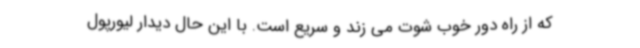
که از راه دور خوب شوت می زند و سریع است. با این حال دیدار لیورپول